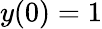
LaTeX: y(0)=1